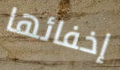
إخفائها